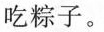
吃粽子。